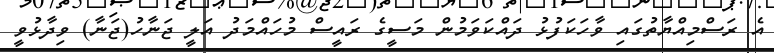
އެ ރަސްމިއްޔާތުގައި ވާހަކަފުޅު ދައްކަވަމުން މަސީގެ ރައީސް މުހައްމަދު އަލީ ޖަނާހު(ޖަނާ) ވިދާޅުވީ